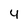
Character: 4